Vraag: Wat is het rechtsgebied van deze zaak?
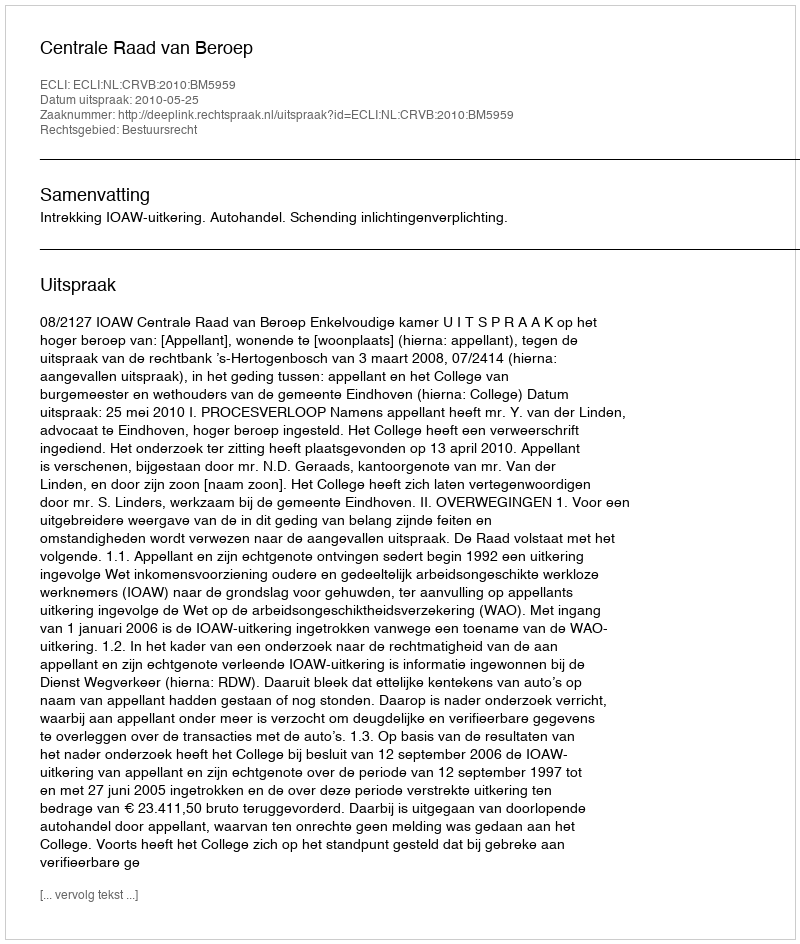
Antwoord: Bestuursrecht